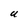
Character: U